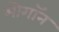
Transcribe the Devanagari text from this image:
मोगॉन